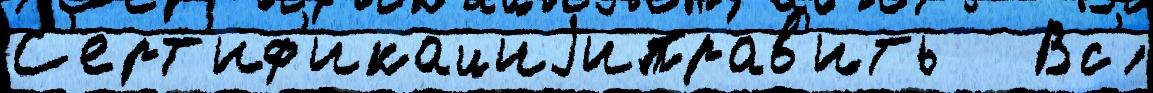
С'ерт'иф'икациjиправ'ить   Вс'́